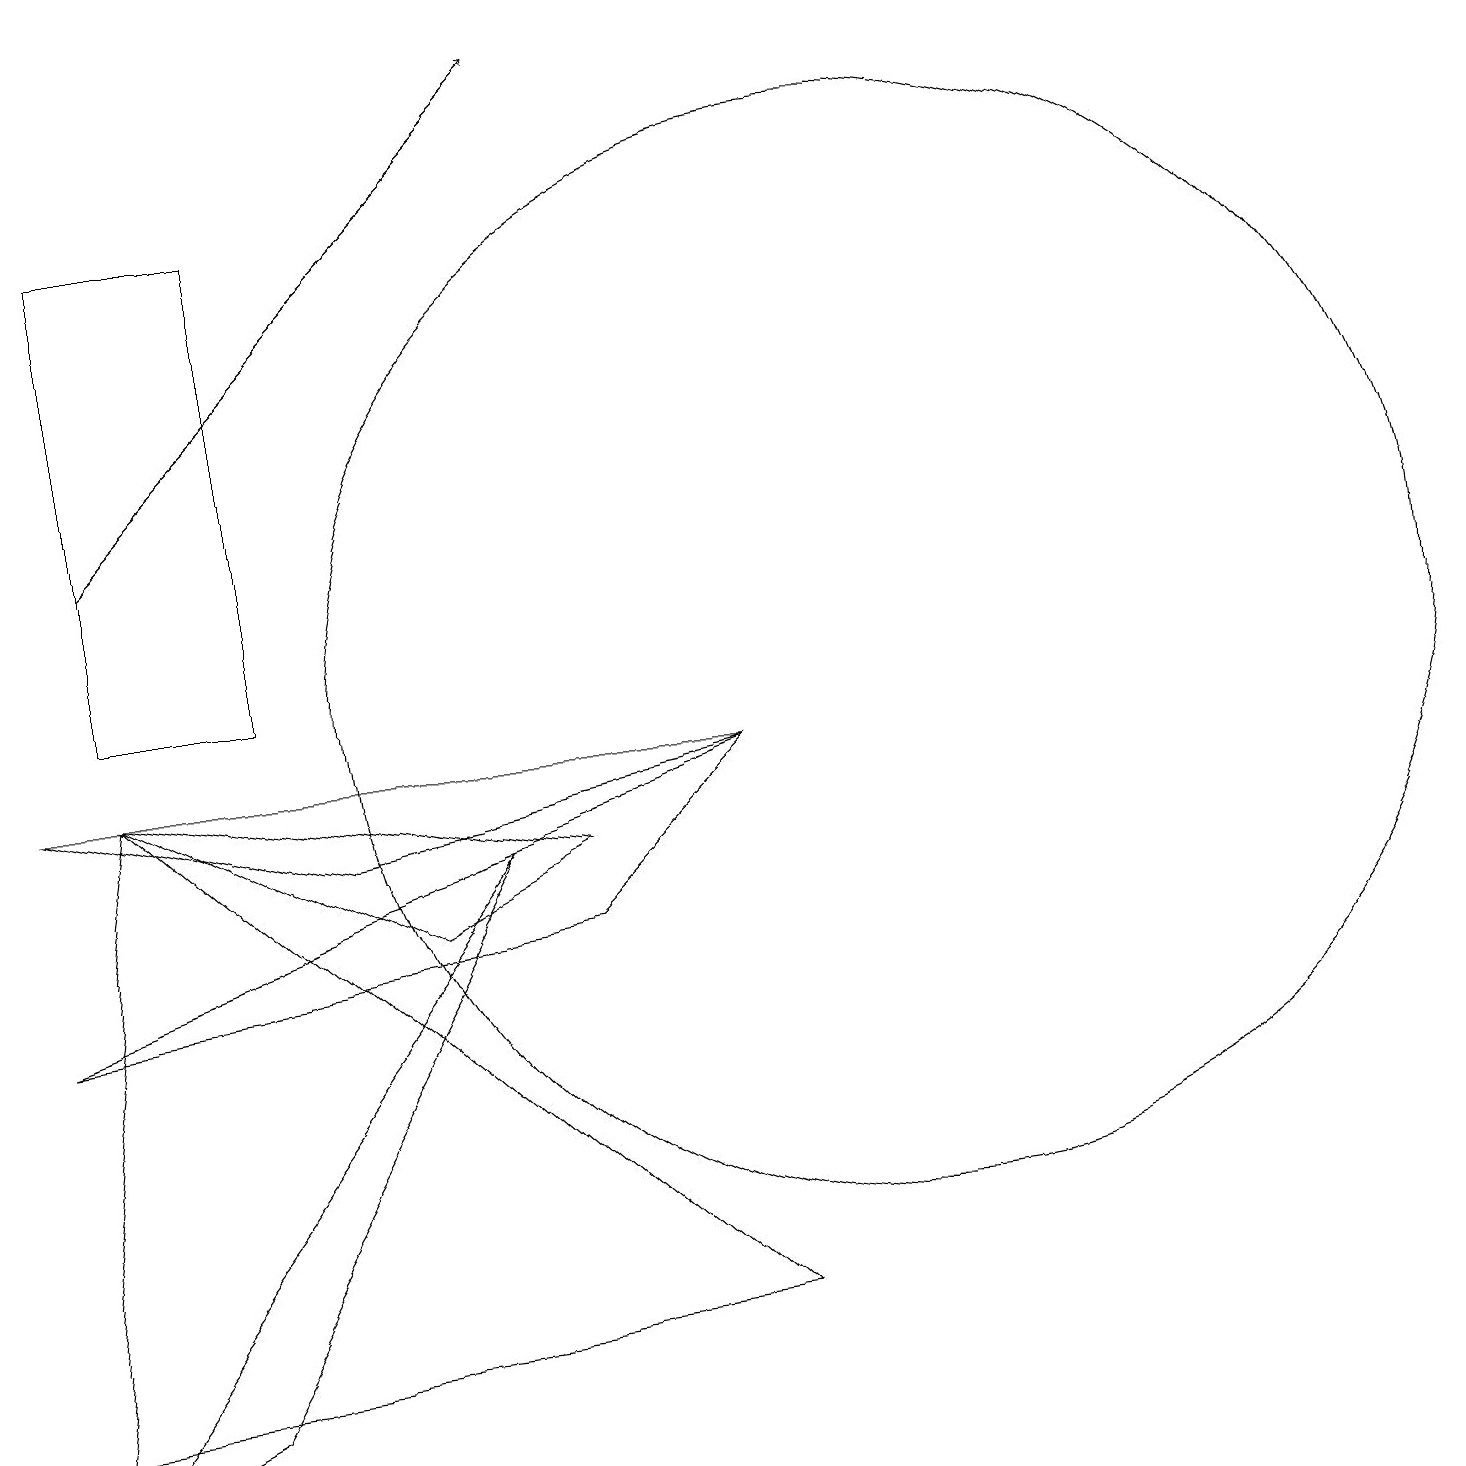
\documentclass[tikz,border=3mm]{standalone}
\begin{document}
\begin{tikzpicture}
\draw (11,10) circle (7);
\draw (1,9) -- (9,2) -- (0,1) -- cycle;
\draw (0,6) -- (7,7) -- (9,9) -- cycle;
\draw (9,9) -- (4,8) -- (0,9) -- cycle;
\draw[->] (1,12) -- (7,18);
\draw (2,1) -- (0,0) -- (6,8) -- cycle;
\draw (1,16) rectangle (3,10);
\draw (5,7) -- (1,9) -- (7,8) -- cycle;
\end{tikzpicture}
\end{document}